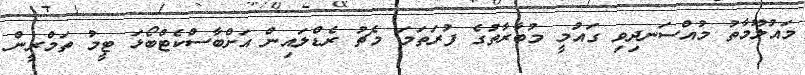
މައުލޫމާތު މުއްސަނދިވި ގައުމީ މުބާރާތުގެ ފުރަތަމަ މެޗު ރެޑްލައިން އަށްބާސްކެޓްބޯޅަ ޓީމު ތަމްރީން